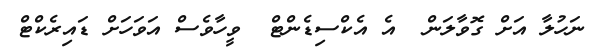
ނަހުލާ އަށް ގޮވާލަން  އެ އެކްސިޑެންޓް  ވީހާވެސް އަވަހަށް ޑައިރެކްޓް